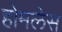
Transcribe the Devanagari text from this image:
होमलेस